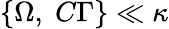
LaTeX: \left\{ \Omega,\; C\Gamma\right\} \ll\kappa